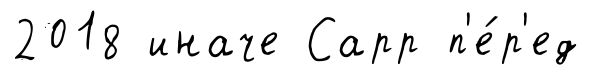
2018 иначе Сарр п'е́р'ед